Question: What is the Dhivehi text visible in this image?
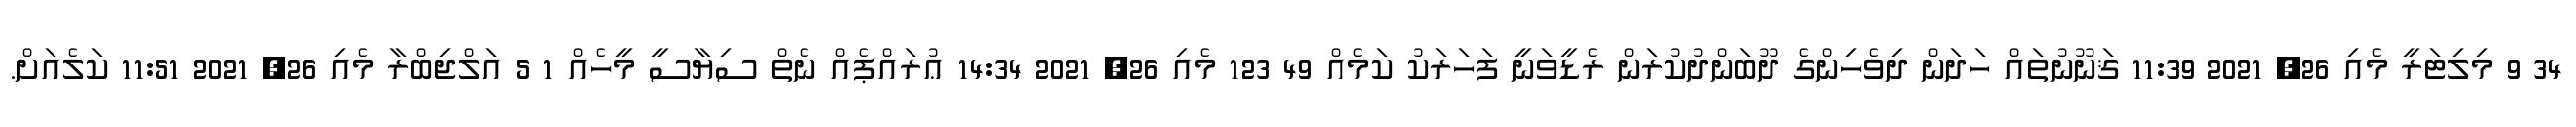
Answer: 34 9 މިލިޓަރީ މެއި 26, 2021 11:39 ޤަނޫނުތައް ހަދަން ދިވެހިންގެ ދޫބަންދުކުރަން ރެޑީވަނީ ފަހަރަކު ކަމެއް 49 123 މެއި 26, 2021 14:34 ޢުރައްޕެއް ނެތް ސިޔާސީ މީހެއް 1 5 އަލްޖިބްރާ މެއި 26, 2021 11:51 ކަލެއަށް.